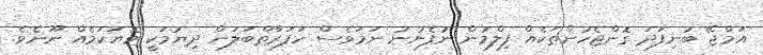
އަމްޖޭ ބުނިފަދަ ގޮންޖެހުންތަކެއް ފިލްމުން ނުފެނުނު ނަމަވެސް ހަފަރާތްބަލަން ދިޔުމަކީ މޮޔަކަމެއް ނޫނެވެ.